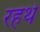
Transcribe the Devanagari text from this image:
रहथे